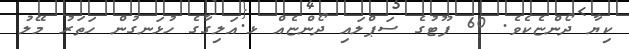
ކިޔާ ދޯންޏެކެވެ. 60 ފޫޓުގެ ސަޕްލައި ދޯންޏެއް ޅ.އަލިގާގެ ހުޅަނގުން ހަތަރު މޭލު